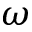
\omega